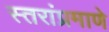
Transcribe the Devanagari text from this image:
स्तरांप्रमाणे